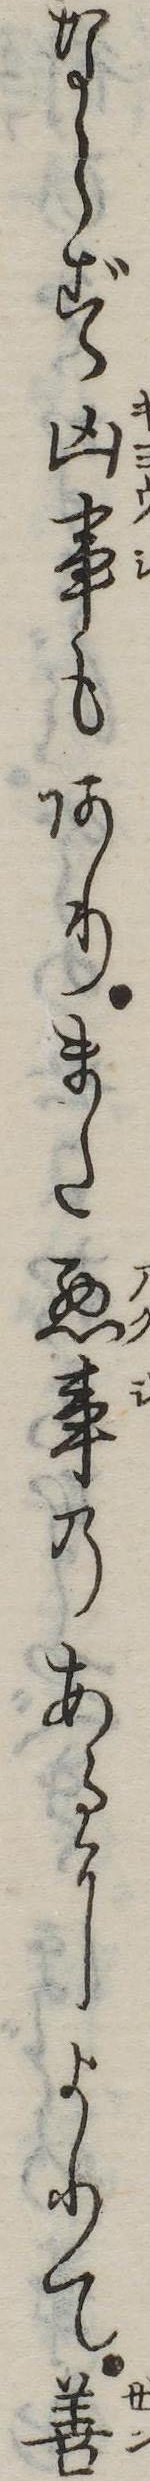
ならず凶事もありまた悪事のあるによりて善